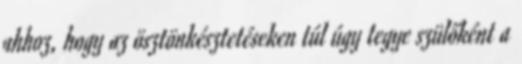
ahhoz, hogy az ösztönkésztetéseken túl úgy tegye szülőként a